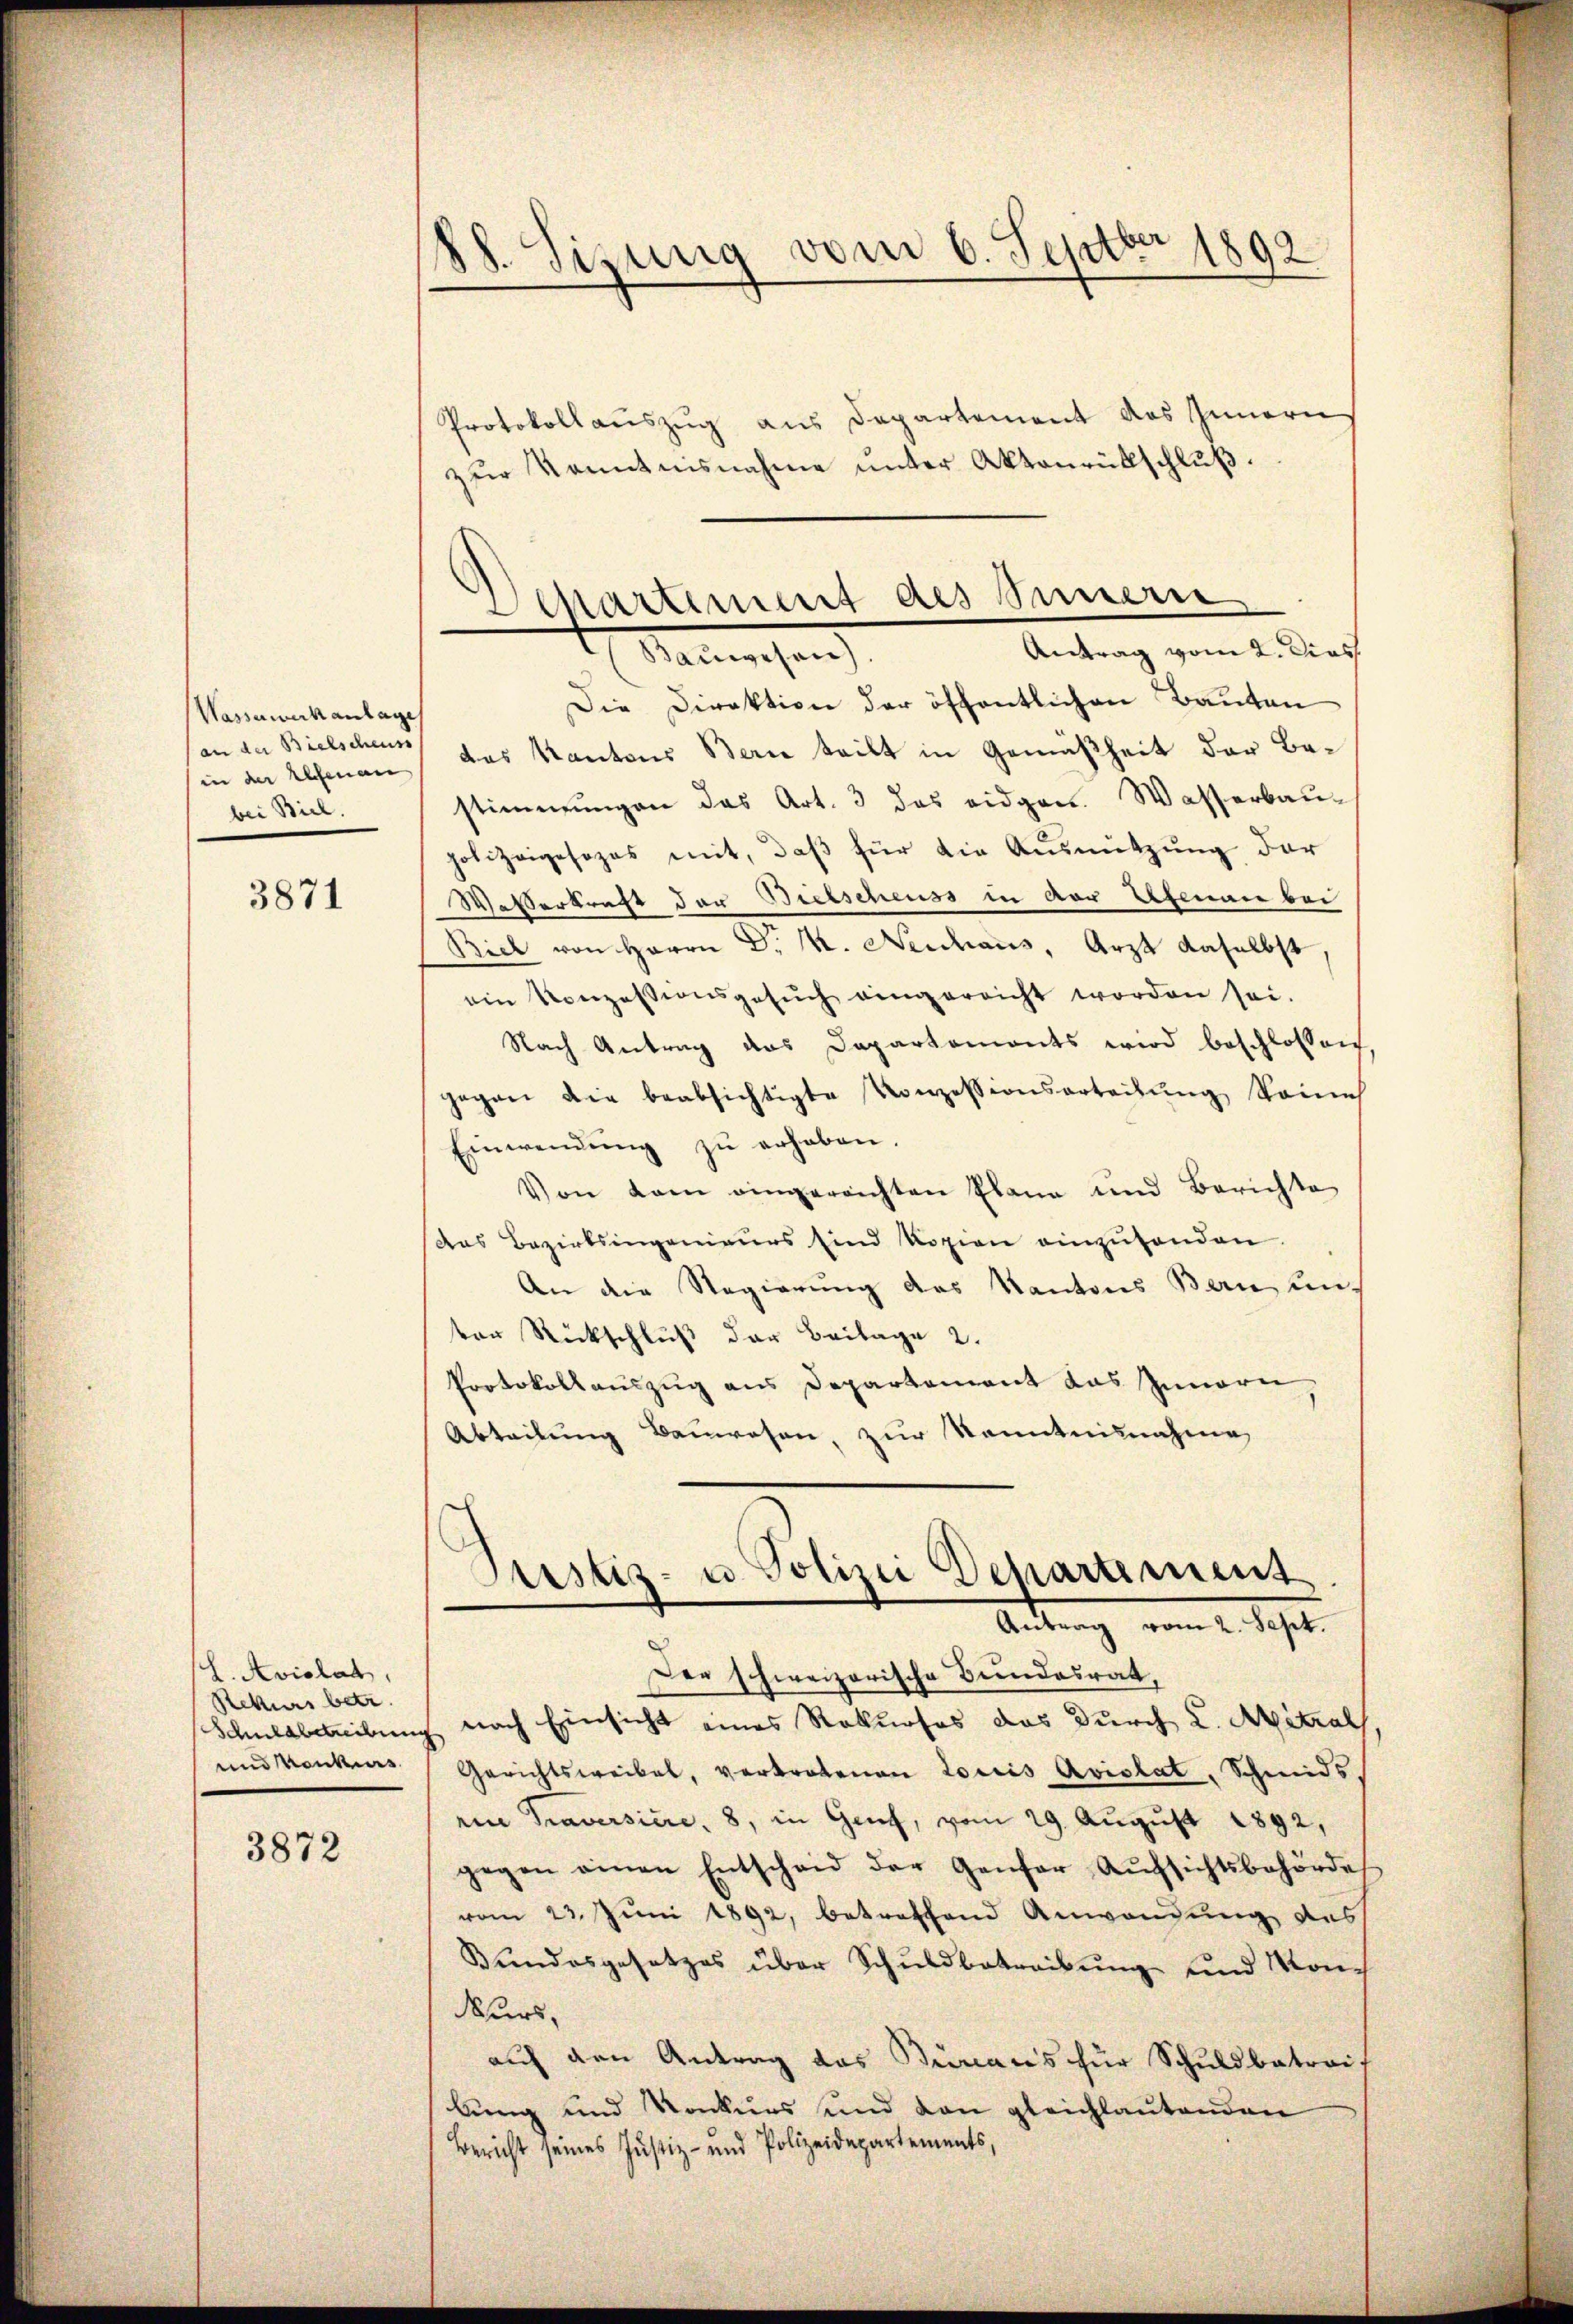
Wasserwerk anlage
an der Bielscheuss
bei Biel.

3871

L. Avislat,
Rekurs betr.
Schuldbetreibung
und Konkurs

3872

1892
88. Sizung vom 6. Septbr

Protokollauszug aus Departement des Innern
zur Kenntnisnahme unter Aktenrütschluß.
Die Direktion der öffentlichen Bauten
in der Elsenen das Kantons Bern teilt in Gemäßheit der Bestimmungen das Art. 3 das eidgen. Wasserbau-
polizeigesezes mit, daβ für die Ausnützŭng der
Waßerkraft der Bietscheuss in vor Erfenen bei
Biel von Herrn D. M. Neidhaus, Arzt daselbst
ein Konzessionsgesŭch eingereicht worden sei.
Nach Antrag des Dapartemonts wird beschlossen,
gegen die beabsichtigte Konzessionsarteilŭng keines
Einwendŭng zŭ erhaben.
Von dem eingereichten Plana und Berichte
Das Bezirksingenieurs sind Kopien einzuhanden.
An die Regierung des Kantons Bern unter Rückschluß der Beilage 2.
Protokollauszug aus Departement das Innerei
Abteilung Bauwesen, zur Kenntnisnahme,

Departement des Sinnern
Antrag vom 2. Dies
E Salischen

Der schweizerische Bundesrat,
nach Einsicht eines Rekurses das durch L. Mitrals
Gerichtsweibel, vertretenen Lociis Avislat, Schmids
ein Traversiere, 8, in Genf, vom 29. August 1892,
gegen einen Entscheid der Genfer Aŭfsichtsbehörde
vom 23. Juni 1892, betreffend Anwendung des
Bundesgesetzes über Schuldbetreibung und Mondeurs,
auf den Antrag das Büreaus für Schuldbetraif
lung und Konkurs und den gleichlautenden
Bericht seines Justiz- und Polizeidepartements,

)
Justiz- u. Polizei Departement
Antrag vom 2. Sept.